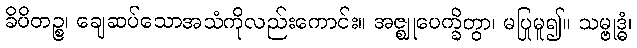
ခိပိတဉ္စ၊ ချေဆပ်သောအသံကိုလည်းကောင်း။ အဇ္ဈုပေက္ခိတွာ၊ မပြုမူ၍။ သမ္ဗုဒ္ဓံ၊